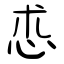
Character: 怷